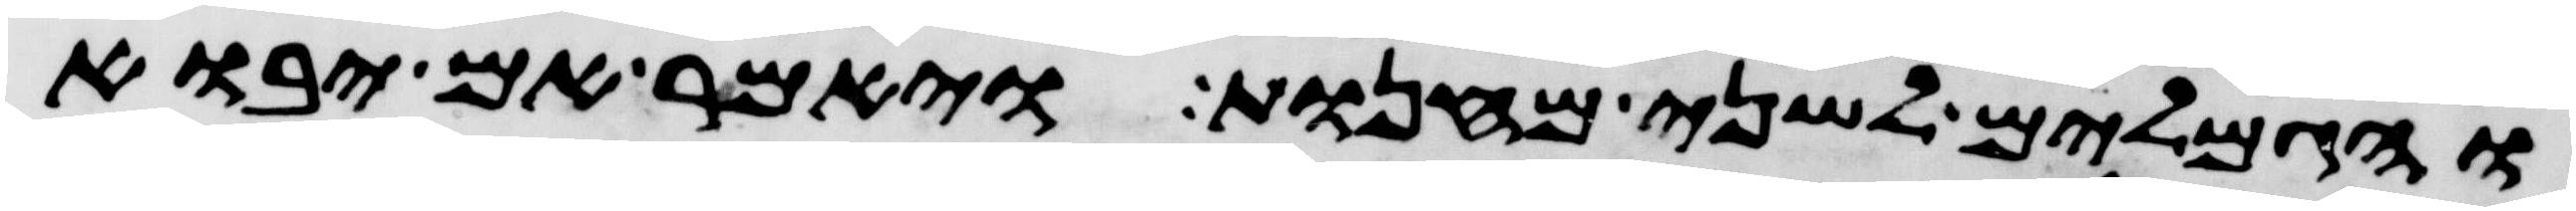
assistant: והגמלים לשני מחנות ויאמר אם יבוא